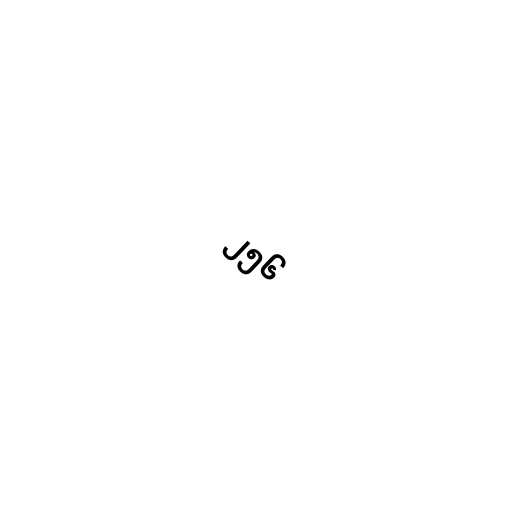
၂၅၆